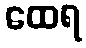
ထေရ